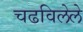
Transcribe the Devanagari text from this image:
चढविलेले